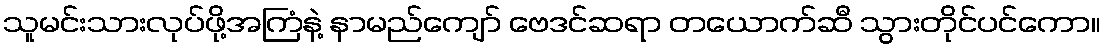
သူမင်းသားလုပ်ဖို့အကြံနဲ့ နာမည်ကျော် ဗေဒင်ဆရာ တယောက်ဆီ သွားတိုင်ပင်ကော။